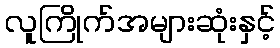
လူကြိုက်အများဆုံးနှင့်